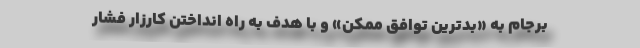
برجام به «بدترین توافق ممکن» و با هدف به راه انداختن کارزار فشار